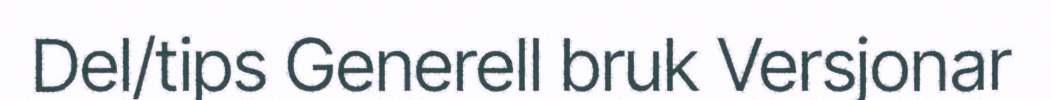
Del/tips Generell bruk Versjonar